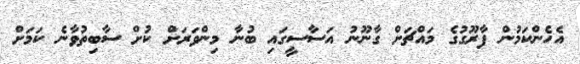
އެހެންކަމުން ފާރޫގުގެ މައްޗަށް ގާނޫނު އަސާސީގައި ބުނާ މިންވަރަށް ކުށް ސާބިތުވާނެ ކަމަށް